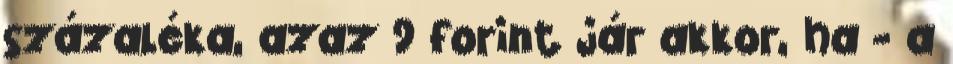
százaléka, azaz 9 forint jár akkor, ha - a